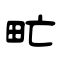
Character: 甿